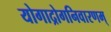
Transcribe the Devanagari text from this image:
योगाद्रोगनिवारणम्